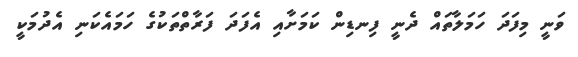
ވަނީ މިފަދަ ހަމަލާތައް ދެނީ ފިނޑިން ކަމަށާއި އެފަދަ ފަރާތްތަކުގެ ހަމައެކަނި އެދުމަކީ